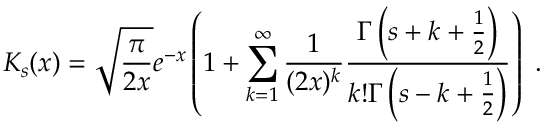
K _ { s } ( x ) = \sqrt { \frac { \pi } { 2 x } } e ^ { - x } \left( 1 + \sum _ { k = 1 } ^ { \infty } \frac { 1 } { ( 2 x ) ^ { k } } \frac { \Gamma \left( s + k + \frac { 1 } { 2 } \right) } { k ! \Gamma \left( s - k + \frac { 1 } { 2 } \right) } \right) \ .